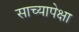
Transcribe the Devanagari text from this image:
साच्यापेक्षा